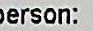
PERSON: